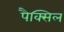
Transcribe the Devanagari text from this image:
पैक्सिल